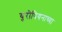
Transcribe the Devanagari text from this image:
युरोपियनाच्या